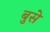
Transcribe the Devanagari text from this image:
बुसे